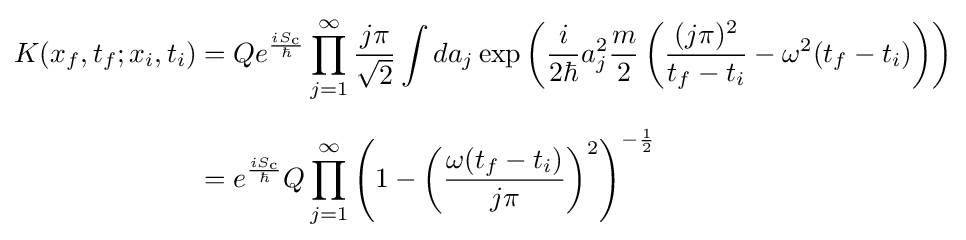
{\begin{aligned}K(x_{f},t_{f};x_{i},t_{i})&=Qe^{\frac {iS_{\text{c}}}{\hbar }}\prod _{j=1}^{\infty }{\frac {j\pi }{\sqrt {2}}}\int da_{j}\exp {\left({\frac {i}{2\hbar }}a_{j}^{2}{\frac {m}{2}}\left({\frac {(j\pi )^{2}}{t_{f}-t_{i}}}-\omega ^{2}(t_{f}-t_{i})\right)\right)}\\[6pt]&=e^{\frac {iS_{\text{c}}}{\hbar }}Q\prod _{j=1}^{\infty }\left(1-\left({\frac {\omega (t_{f}-t_{i})}{j\pi }}\right)^{2}\right)^{-{\frac {1}{2}}}\end{aligned}}